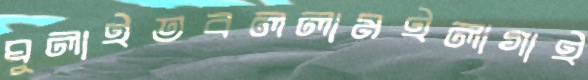
ঘুলাইতবললামইলাগাই